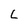
Character: L